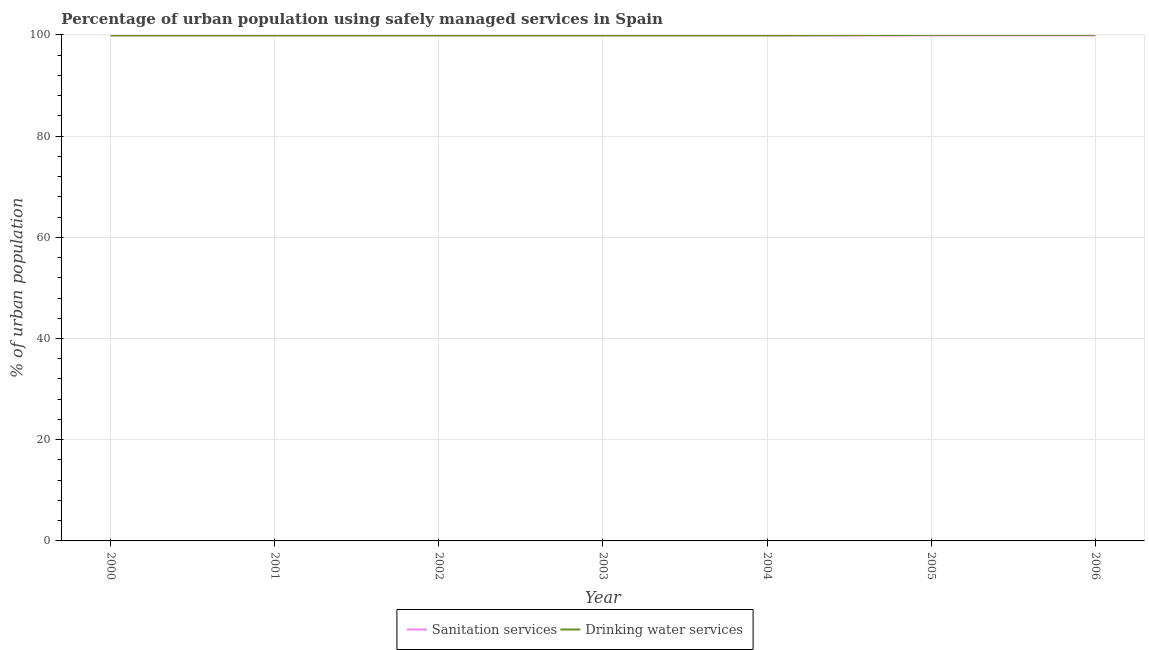
| Year | Sanitation services | Drinking water services |
 | --- | --- | --- |
 | 2000 | 99.9 | 99.9 |
 | 2001 | 99.9 | 99.9 |
 | 2002 | 99.9 | 99.9 |
 | 2003 | 99.9 | 99.9 |
 | 2004 | 99.9 | 99.9 |
 | 2005 | 99.9 | 100 |
 | 2006 | 99.9 | 100 |